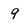
Character: 9